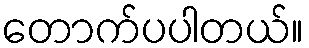
တောက်ပပါတယ်။